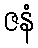
ဇနံ